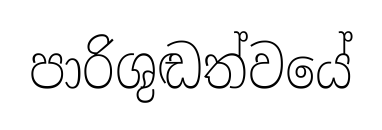
පාරිශුඬත්වයේ